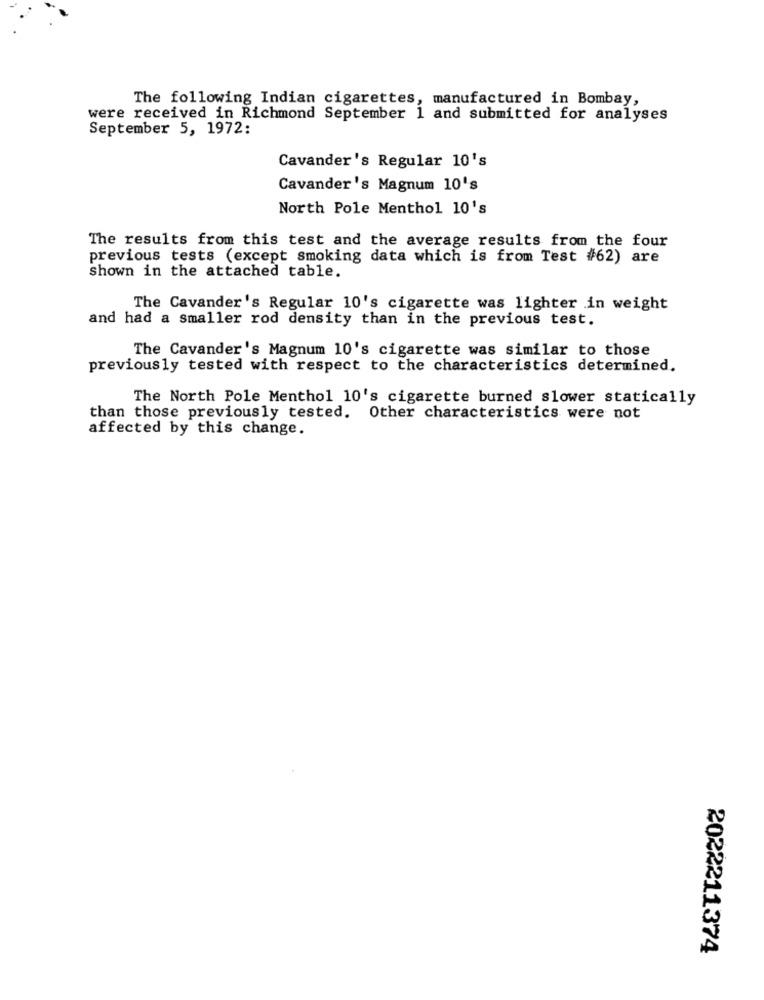
The following Indian cigarettes, manufactured in Bombay,
were received in Richmond September 1 and submitted for analyses
September 5, 1972:
Cavander's Regular 10's
Cavander's Magnum 10's
North Pole Menthol 10's
The results from this test and the average results from the four
previous tests (except smoking data which is from Test #62) are
shown in the attached table.
The Cavander's Regular 10's cigarette was lighter in weight
and had a smaller rod density than in the previous test.
The Cavander's Magnum 10's cigarette was similar to those
previously tested with respect to the characteristics determined.
The North Pole Menthol 10's cigarette burned slower statically
than those previously tested. Other characteristics were not
affected by this change.
2022211374